Annual report of the Punjab Veterinary College and of the Civil Veterinary Department, Punjab - 1926-1932
Year: 1926
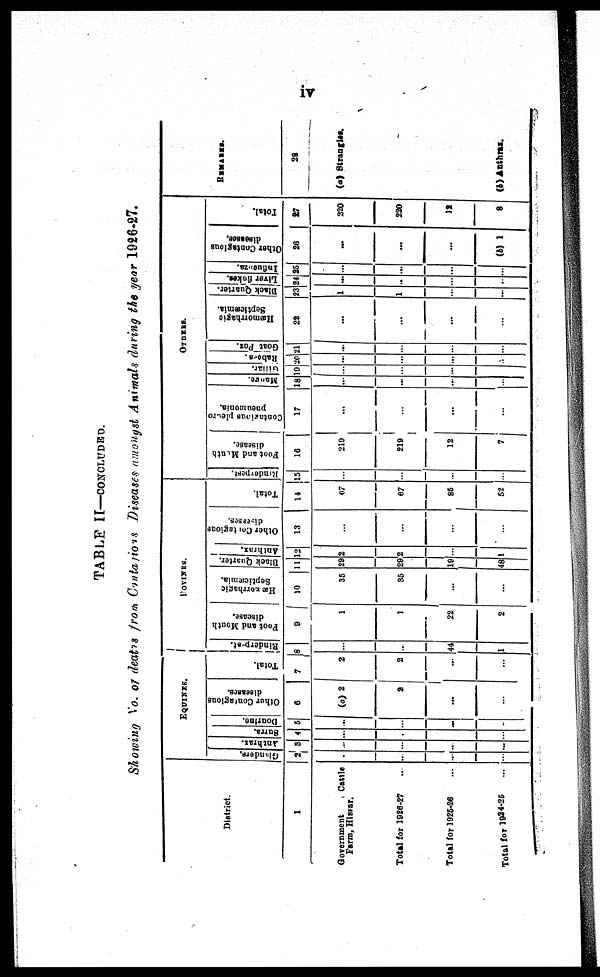
iv
TABLE II—CONCLUDED.
Showing No. 07 deaths from Contagious Diseases amongst Animals during the year 1926-27.
District.
1
Government
Cattle
Farm, Hissar.
Total for 1926-27 ..
Total for 1925-26 ...
Total for 1924-25
...
EQUINES.
Glanders.
2
...
...
...
...
Anthrax
3
...
...
...
...
Surra.
4
...
...
...
...
Dourine.
5
...
...
...
...
Other Contagious
diseases.
6
(a) 2
2
...
...
Total.
7
2
2
...
...
POVINES.
Rinderpest.
8
...
...
44
1
Foot and Mouth
disease.
9
1
1
22
2
Hæmorrhagic
Septicæmia.
10
35
35
...
Black Quarter.
11
29
29
19
48
Anthrax.
12
2
2
...
1
Other Contagious
13
...
...
...
...
Total.
14
67
67
85
52
OTHERS.
Rinderpest.
15
...
...
...
...
Foot and Mouth
disease.
16
219
219
12
7
Contagious pleuro
pneumonia.
17
...
...
...
...
Mange.
18
...
...
...
...
Gillar.
19
...
...
...
...
Rabers.
20
...
...
...
...
Goat Pox.
21
...
...
...
...
Hæmorrhagic
Septiæmia.
22
...
...
...
...
Black Quarter.
23
1
1
...
...
Liver flakes.
24
...
..
...
...
Influenza.
25
...
...
..
...
Other Contagious
diseases.
26
...
...
...
(b) 1
Total.
27
220
220
12
8
REMARKS.
28
(a) Strangles.
(b) Anthrax.